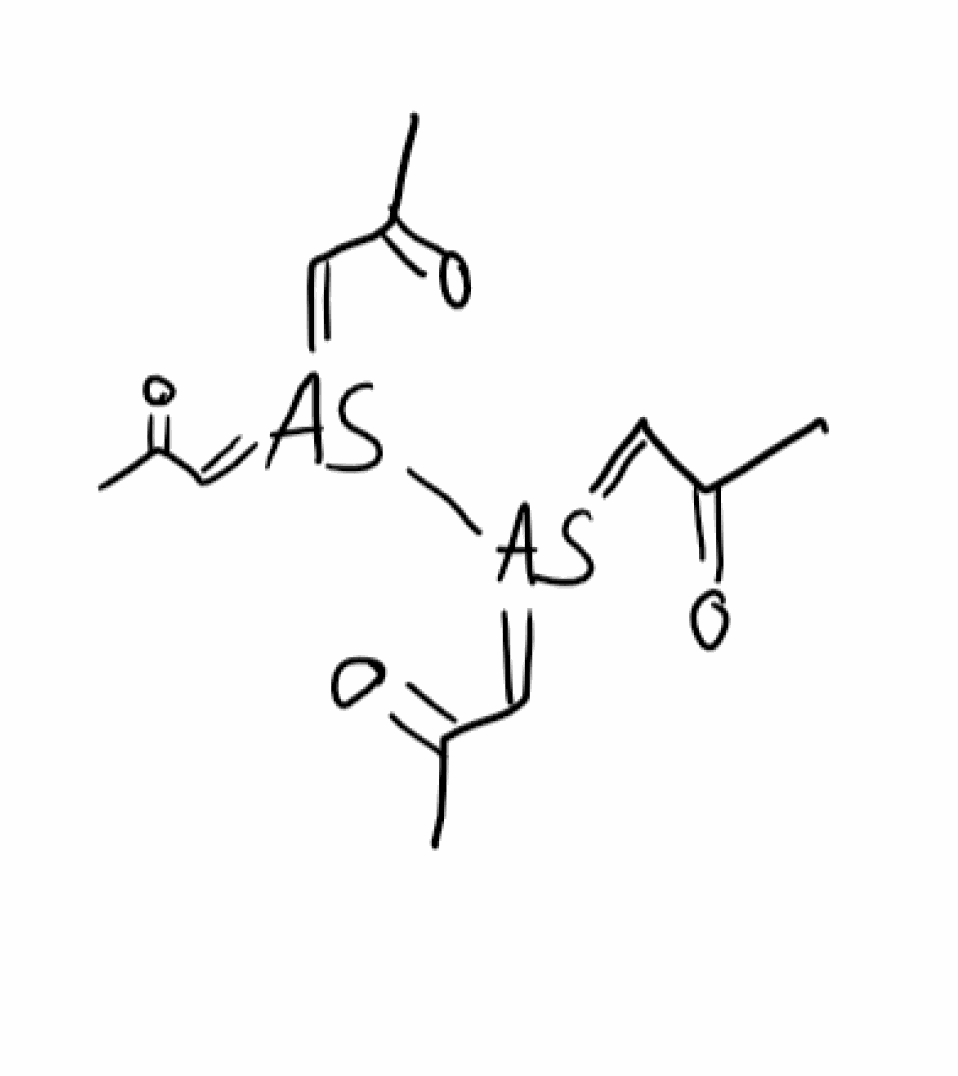
Simplified molecular-input line-entry system (SMILES) notation of the given molecule:
CC(=O)/C=[As](=C/C(=O)C)/[As](=C\C(=O)C)=C/C(=O)C